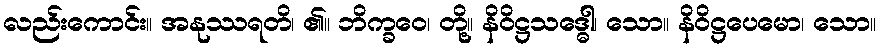
လည်းကောင်း။ အနုဿရတိ၊ ၏။ ဘိက္ခဝေ၊ တို့။ နိဝိဋ္ဌသဒ္ဓေါ၊ သော။ နိဝိဋ္ဌပေမော၊ သော။